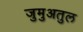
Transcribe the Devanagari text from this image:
जुमुअतुल